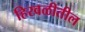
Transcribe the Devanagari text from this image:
हिरवळीतील